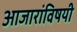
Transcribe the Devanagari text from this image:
आजारांविषयी